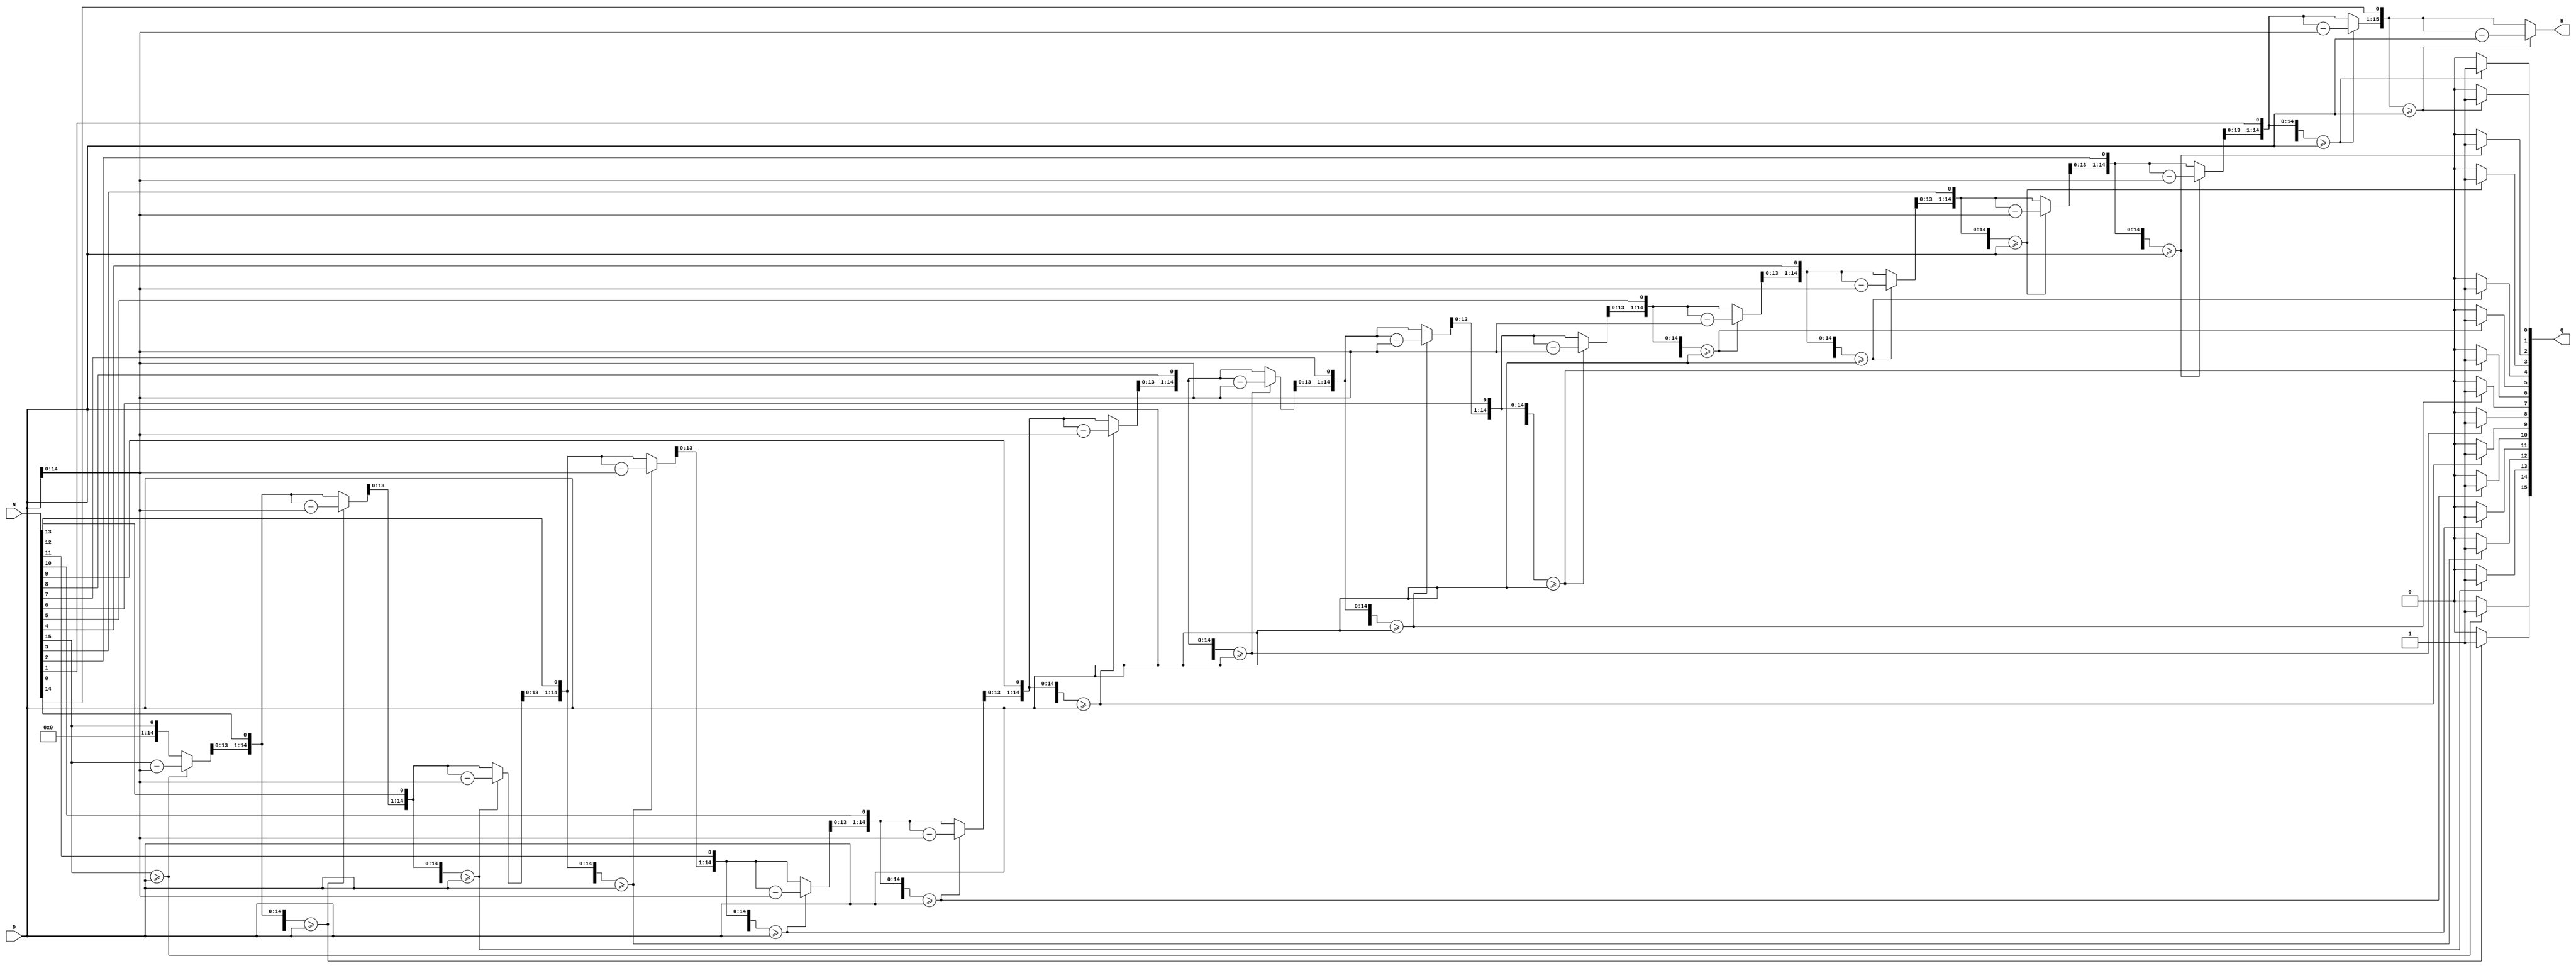
`timescale 1ns / 1ps
//////////////////////////////////////////////////////////////////////////////////
module div_algo(
	output reg [15:0] Q,
	output reg [15:0] R, 
	input [15:0] N,
	input [15:0] D );
	
	reg signed[4:0] i;
	
	always @ (*) begin
		R = 0;                  		 //Initialize quotient and remainder to zero
		Q = 0;                  		//Initialize quotient and remainder to zero
		for(i=15;i>=0;i=i-1) begin  	// Where n is number of bits in N
			R = R<<1;                  // Left-shift R by 1 bit
			R[0] = N[i];					//Set the least-significant bit of R equal to bit i of the numerator
			if(R>=D) begin
				R = R-D;
				Q[i] = 1;
			end
		end
	end

endmodule